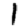
Digit: 1